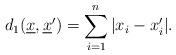
LaTeX: \begin{align*}d_1(\underline{x},\underline{x}') = \sum_{i=1}^{n} |x_i-x'_i|.\end{align*}